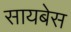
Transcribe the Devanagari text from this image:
सायबेस